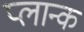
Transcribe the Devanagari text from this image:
प्लान्क